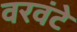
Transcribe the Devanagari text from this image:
वरवंटे